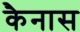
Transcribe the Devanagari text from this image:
कैनास